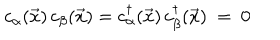
c _ { \alpha } ( { \vec { x } } ) \, c _ { \beta } ( { \vec { x } } ) = c _ { \alpha } ^ { \dagger } ( { \vec { x } } ) \, c _ { \beta } ^ { \dagger } ( { \vec { x } } ) ~ = ~ 0